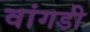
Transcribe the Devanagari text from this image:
वांगडी